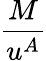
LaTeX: \frac{M}{u^{A}}